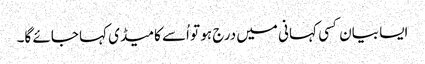
ایسا بیان کسی کہانی میں درج ہو تو اُسے کامیڈی کہا جائے گا۔